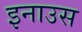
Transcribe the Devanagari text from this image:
इनाउस